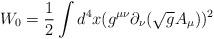
LaTeX: \begin{align*}W_{0}=\frac{1}{2}\int d^{4}x(g^{\mu\nu}\partial_{\nu}(\sqrt{g}A_{\mu}))^{2}\end{align*}